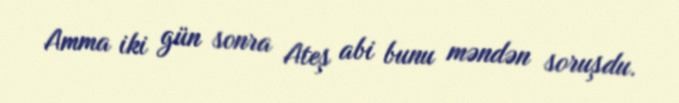
Amma iki gün sonra Ateş abi bunu məndən soruşdu.